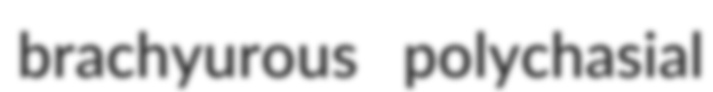
brachyurous polychasial